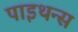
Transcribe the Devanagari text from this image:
पाइथन्स